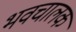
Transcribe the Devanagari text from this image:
भवचालक